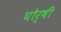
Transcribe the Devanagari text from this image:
घोर्षी